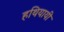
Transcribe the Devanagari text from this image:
हथियायी